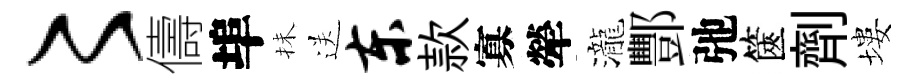
〻儔埠抺送东款寡犖瀧酆弛篋劑塿